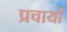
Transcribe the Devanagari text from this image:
प्रचार्यो